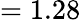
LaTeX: =1.28